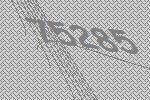
75285